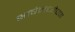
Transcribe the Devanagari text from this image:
भाषेमध्येपण